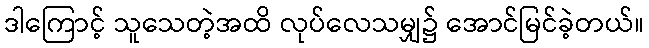
ဒါကြောင့် သူသေတဲ့အထိ လုပ်လေသမျှ၌ အောင်မြင်ခဲ့တယ်။